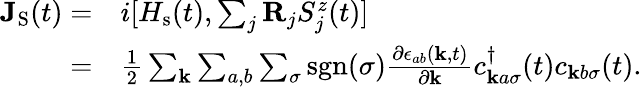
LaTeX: \begin{array}{rl}{\mathbf{J}_{\textrm{S}}(t)=}&{i[H_{\textrm{s}}(t),\sum_{j}\mathbf{R}_{j}S_{j}^{z}(t)]}\\ {=}&{\frac{1}{2}\sum_{\mathbf{k}}\sum_{a,b}\sum_{\sigma}\textrm{sgn}(\sigma)\frac{\partial\epsilon_{ab}(\mathbf{k},t)}{\partial\mathbf{k}}c_{\mathbf{k}a\sigma}^{\dagger}(t)c_{\mathbf{k}b\sigma}(t).}\end{array}